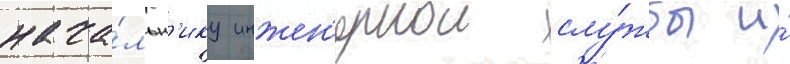
нача́льн'ику инжен'ернои слу́жбы и́